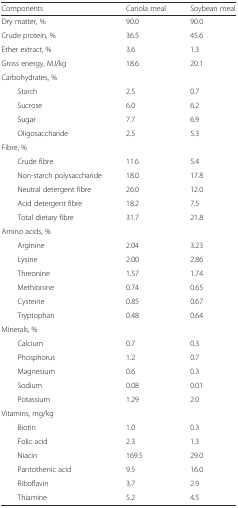
<table><thead><tr><td><b>Components</b></td><td><b>Canola meal</b></td><td><b>Soybean meal</b></td></tr></thead><tbody><tr><td>Dry matter, %</td><td>90.0</td><td>90.0</td></tr><tr><td>Crude protein, %</td><td>36.5</td><td>45.6</td></tr><tr><td>Ether extract, %</td><td>3.6</td><td>1.3</td></tr><tr><td>Gross energy, MJ/kg</td><td>18.6</td><td>20.1</td></tr><tr><td>Carbohydrates, %</td><td></td><td></td></tr><tr><td>Starch</td><td>2.5</td><td>0.7</td></tr><tr><td>Sucrose</td><td>6.0</td><td>6.2</td></tr><tr><td>Sugar</td><td>7.7</td><td>6.9</td></tr><tr><td>Oligosaccharide</td><td>2.5</td><td>5.3</td></tr><tr><td>Fibre, %</td><td></td><td></td></tr><tr><td>Crude fibre</td><td>11.6</td><td>5.4</td></tr><tr><td>Non-starch polysaccharide</td><td>18.0</td><td>17.8</td></tr><tr><td>Neutral detergent fibre</td><td>26.0</td><td>12.0</td></tr><tr><td>Acid detergent fibre</td><td>18.2</td><td>7.5</td></tr><tr><td>Total dietary fibre</td><td>31.7</td><td>21.8</td></tr><tr><td>Amino acids, %</td><td></td><td></td></tr><tr><td>Arginine</td><td>2.04</td><td>3.23</td></tr><tr><td>Lysine</td><td>2.00</td><td>2.86</td></tr><tr><td>Threonine</td><td>1.57</td><td>1.74</td></tr><tr><td>Methionine</td><td>0.74</td><td>0.65</td></tr><tr><td>Cysteine</td><td>0.85</td><td>0.67</td></tr><tr><td>Tryptophan</td><td>0.48</td><td>0.64</td></tr><tr><td>Minerals, %</td><td></td><td></td></tr><tr><td>Calcium</td><td>0.7</td><td>0.3</td></tr><tr><td>Phosphorus</td><td>1.2</td><td>0.7</td></tr><tr><td>Magnesium</td><td>0.6</td><td>0.3</td></tr><tr><td>Sodium</td><td>0.08</td><td>0.01</td></tr><tr><td>Potassium</td><td>1.29</td><td>2.0</td></tr><tr><td>Vitamins, mg/kg</td><td></td><td></td></tr><tr><td>Biotin</td><td>1.0</td><td>0.3</td></tr><tr><td>Folic acid</td><td>2.3</td><td>1.3</td></tr><tr><td>Niacin</td><td>169.5</td><td>29.0</td></tr><tr><td>Pantothenic acid</td><td>9.5</td><td>16.0</td></tr><tr><td>Riboflavin</td><td>3.7</td><td>2.9</td></tr><tr><td>Thiamine</td><td>5.2</td><td>4.5</td></tr></tbody></table>